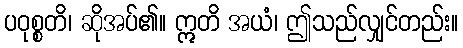
ပဝုစ္စတိ၊ ဆိုအပ်၏။ ဣတိ အယံ၊ ဤသည်လျှင်တည်း။